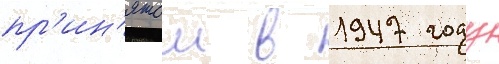
пр'ин'ятои в 1947 году